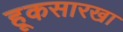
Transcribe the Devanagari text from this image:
हूकसारखा